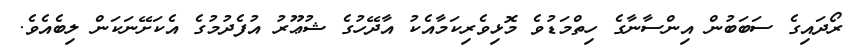
ރޯދައިގެ ސަބަބުން އިންސާނާގެ ހިތްމަޑުވެ މޮޅިވެރިކަމާއެކު އާދޭހުގެ ޝުޢޫރު އުފެދުމުގެ އެކަށޭނަކަން ލިބެއެވެ.